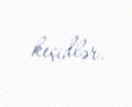
keçidlər.